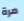
مرة